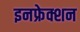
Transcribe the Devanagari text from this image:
इनफ्रेक्शन